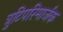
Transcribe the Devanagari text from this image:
त्रुटिपरिमार्जक